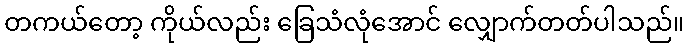
တကယ်တော့ ကိုယ်လည်း ခြေသံလုံအောင် လျှောက်တတ်ပါသည်။